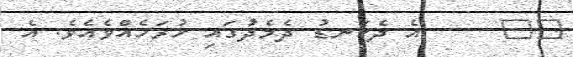
٢٠     އެ ދެކަނޑު ދެމެދުގައި ހުރަހެއްވެއެވެ. އެ